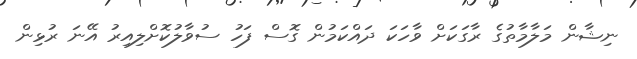
ނިޝާން މަލާމާތުގެ ރާގަކަށް ވާހަކަ ދައްކަމުން ގޮސް ފަހު ސުވާލުކޮށްލިއިރު އޭނަ ރުޅިން